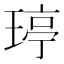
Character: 𤧟